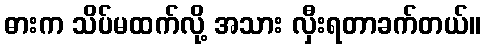
ဓားက သိပ်မထက်လို့ အသား လှီးရတာခက်တယ်။